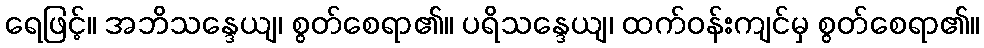
ရေဖြင့်။ အဘိသန္ဒေယျ၊ စွတ်စေရာ၏။ ပရိသန္ဒေယျ၊ ထက်ဝန်းကျင်မှ စွတ်စေရာ၏။